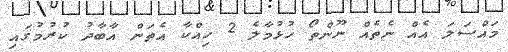
މައްސަލަ އެއް ނެތެއް ނޫންތޯ ހުޅުމާލެ 2 ހިއްކާ އެތަން އާބާދު ކުރުމުގައި